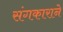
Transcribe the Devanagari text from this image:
संगकाराने